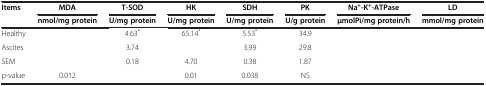
<table><thead><tr><td><b>Items</b></td><td><b>MDA</b></td><td><b>T-SOD</b></td><td><b>HK</b></td><td><b>SDH</b></td><td><b>PK</b></td><td><b>Na<sup>+</sup>-K<sup>+</sup>-ATPase</b></td><td><b>LD</b></td></tr><tr><td>[EMPTY_CELL]</td><td><b>nmol/mg protein</b></td><td><b>U/mg protein</b></td><td><b>U/mg protein</b></td><td><b>U/mg protein</b></td><td><b>U/g protein</b></td><td><b>μmolPi/mg protein/h</b></td><td><b>mmol/mg protein</b></td></tr></thead><tbody><tr><td>Healthy</td><td>[EMPTY_CELL]</td><td>4.63<sup>*</sup></td><td>65.14<sup>*</sup></td><td>5.53<sup>*</sup></td><td>34.9</td><td>[EMPTY_CELL]</td><td>[EMPTY_CELL]</td></tr><tr><td>Ascites</td><td>[EMPTY_CELL]</td><td>3.74</td><td>[EMPTY_CELL]</td><td>3.99</td><td>29.8</td><td>[EMPTY_CELL]</td><td>[EMPTY_CELL]</td></tr><tr><td>SEM</td><td>[EMPTY_CELL]</td><td>0.18</td><td>4.70</td><td>0.38</td><td>1.87</td><td>[EMPTY_CELL]</td><td>[EMPTY_CELL]</td></tr><tr><td>p-value</td><td>0.012</td><td>[EMPTY_CELL]</td><td>0.01</td><td>0.038</td><td>NS</td><td>[EMPTY_CELL]</td><td>[EMPTY_CELL]</td></tr></tbody></table>